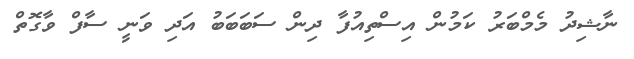
ނާޝިދު މެމްބަރު ކަމުން އިސްތިއުފާ ދިން ސަބަބަބު އަދި ވަނީ ސާފް ވާގޮތް